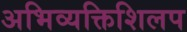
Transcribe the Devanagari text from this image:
अभिव्यक्तिशिलप